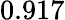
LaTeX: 0.917